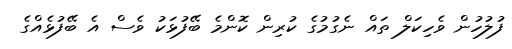
ފުލުހުން ވެހިކަލް ތައް ނެގުމުގެ ކުރިން ކޮންމެ ބޭފުޅަކު ވެސް އެ ބޭފުޅެއްގެ